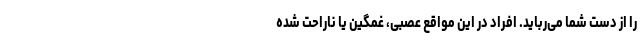
را از دست شما می‌رباید. افراد در این مواقع عصبی، غمگین یا ناراحت شده